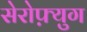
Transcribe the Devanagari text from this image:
सेरोफ़्युग